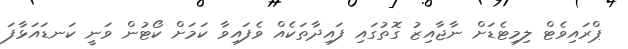
ޕްރައިވެޓް ލިމިޓެޑަށް ނާޖާއިޒު ގޮތުގައި ފައިދާތަކެއް ވެފައިވާ ކަމަށް ކޯޓުން ވަނީ ކަނޑައަޅާފަ